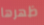
ظهرها